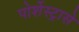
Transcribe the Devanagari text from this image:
पोर्शेस्ट्रासे